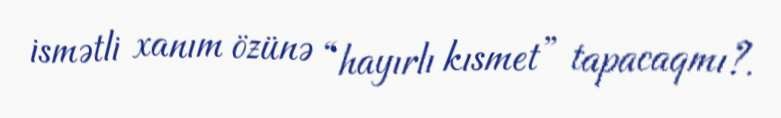
ismətli xanım özünə “hayırlı kısmet” tapacaqmı?.